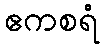
ဧကစရံ